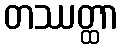
တဿတ္ထာ